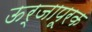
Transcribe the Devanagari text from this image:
ऊर्जापूरक